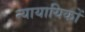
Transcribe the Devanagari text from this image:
न्यायायिकों